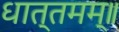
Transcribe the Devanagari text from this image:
धात्तमम्‌॥